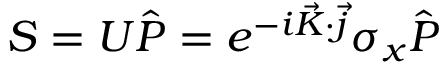
S = U \hat { P } = e ^ { - i \vec { K } \cdot \vec { j } } \sigma _ { x } \hat { P }